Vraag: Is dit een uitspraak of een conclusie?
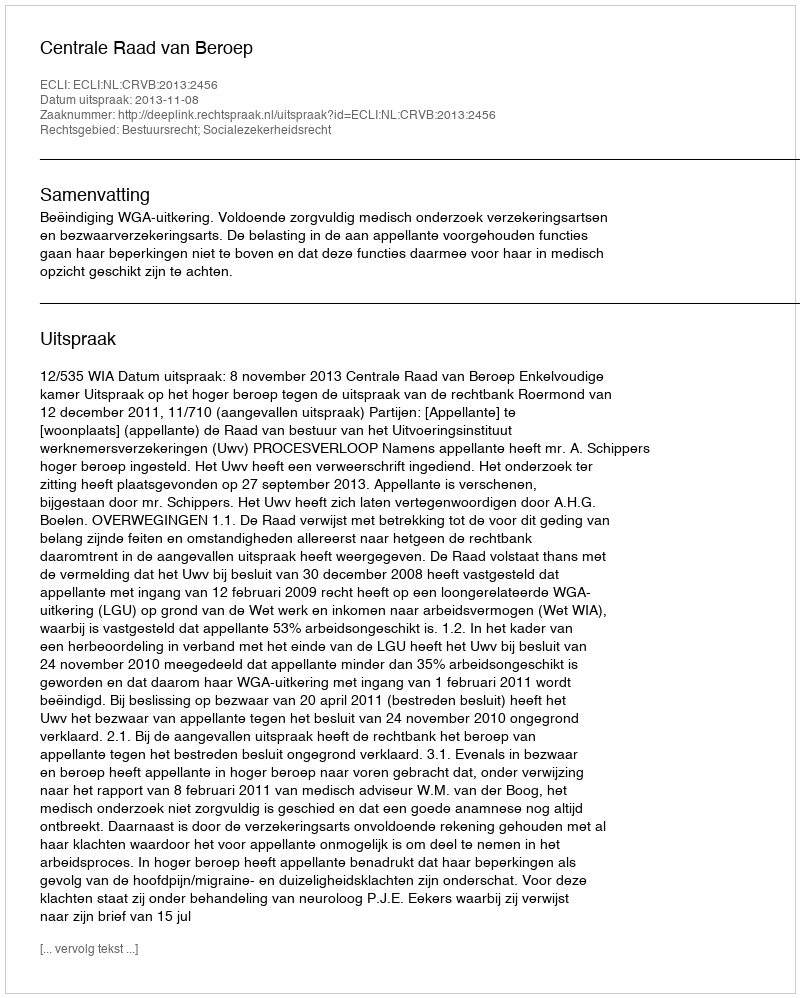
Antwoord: Uitspraak